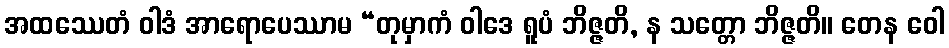
အထဿေတံ ဝါဒံ အာရောပေဿာမ “တုမှာကံ ဝါဒေ ရူပံ ဘိဇ္ဇတိ, န သတ္တော ဘိဇ္ဇတိ။ တေန ဝေါ